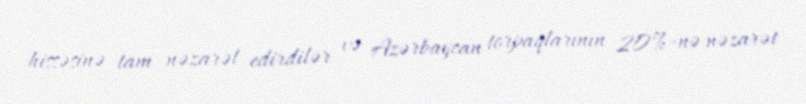
hissəsinə tam nəzarət edirdilər və Azərbaycan torpaqlarının 20%-nə nəzarət